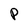
Character: P